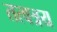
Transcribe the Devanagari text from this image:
तत्वत्रय